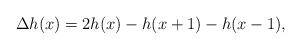
LaTeX: \begin{align*}\Delta h(x) = 2h(x) - h(x+1)-h(x-1),\end{align*}